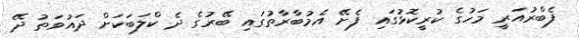
ފެބްރުއަރީ މަހުގެ ކުރީކޮޅުގައި ފެށޭ އެމުބާރާތުގައި ބޭރުގެ ދެ ކްލަބަކަށް ދައުވަތު ދޭ